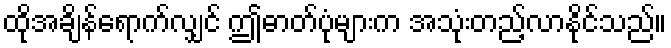
ထိုအချိန်ရောက်လျှင် ဤဓာတ်ပုံများက အသုံးတည့်လာနိုင်သည်။